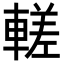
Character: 𬧹